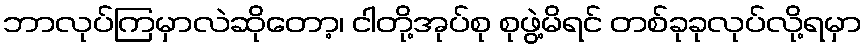
ဘာလုပ်ကြမှာလဲဆိုတော့၊ ငါတို့အုပ်စု စုဖွဲ့မိရင် တစ်ခုခုလုပ်လို့ရမှာ